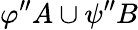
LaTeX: \varphi^{\prime\prime}A\cup\psi^{\prime\prime}B